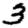
Digit: 3